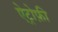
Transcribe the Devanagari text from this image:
ऐट्रोफ़ी